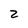
Character: Z